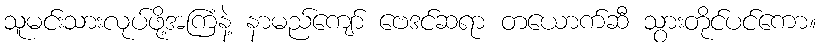
သူမင်းသားလုပ်ဖို့အကြံနဲ့ နာမည်ကျော် ဗေဒင်ဆရာ တယောက်ဆီ သွားတိုင်ပင်ကော။